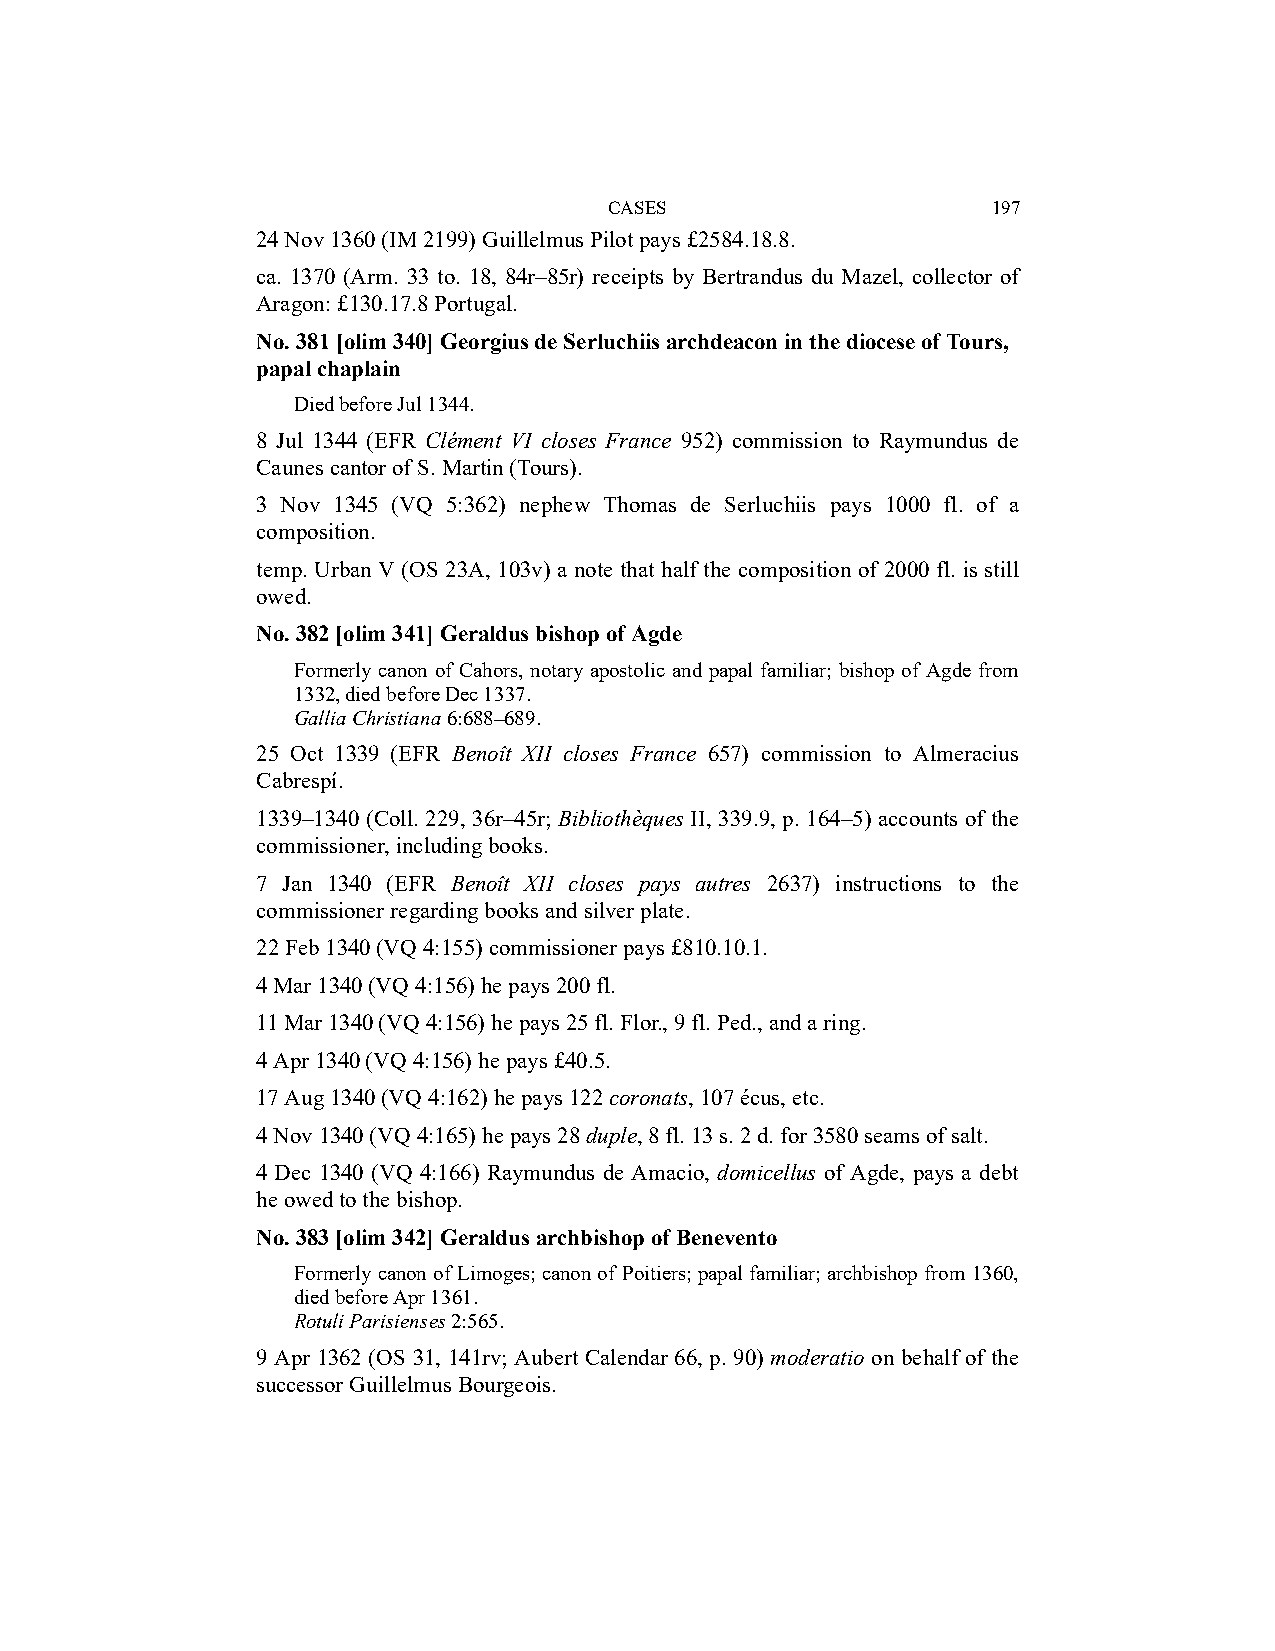
CASES                     197
 24 Nov 1360 (IM 2199) Guillelmus Pilot pays £2584.18.8.
 ca. 1370 (Arm. 33 to. 18, 84r–85r) receipts by Bertrandus du Mazel, collector of
 Aragon: £130.17.8 Portugal.
 No. 381 [olim 340] Georgius de Serluchiis archdeacon in the diocese of Tours,
 papal chaplain
 Died before Jul 1344.
 8 Jul 1344 (EFR Clément VI closes France 952) commission to Raymundus de
 Caunes cantor of S. Martin (Tours).
 3 Nov 1345 (VQ 5:362) nephew Thomas de Serluchiis pays 1000 fl. of a
 composition.
 temp. Urban V (OS 23A, 103v) a note that half the composition of 2000 fl. is still
 owed.
 No. 382 [olim 341] Geraldus bishop of Agde
 Formerly canon of Cahors, notary apostolic and papal familiar; bishop of Agde from
 1332, died before Dec 1337.
 Gallia Christiana 6:688–689.
 25 Oct 1339 (EFR Benoît XII closes France 657) commission to Almeracius
 Cabrespí.
 1339–1340 (Coll. 229, 36r–45r; Bibliothèques II, 339.9, p. 164–5) accounts of the
 commissioner, including books.
 7 Jan 1340 (EFR Benoît XII closes pays autres 2637) instructions to the
 commissioner regarding books and silver plate.
 22 Feb 1340 (VQ 4:155) commissioner pays £810.10.1.
 4 Mar 1340 (VQ 4:156) he pays 200 fl.
 11 Mar 1340 (VQ 4:156) he pays 25 fl. Flor., 9 fl. Ped., and a ring.
 4 Apr 1340 (VQ 4:156) he pays £40.5.
 17 Aug 1340 (VQ 4:162) he pays 122 coronats, 107 écus, etc.
 4 Nov 1340 (VQ 4:165) he pays 28 duple, 8 fl. 13 s. 2 d. for 3580 seams of salt.
 4 Dec 1340 (VQ 4:166) Raymundus de Amacio, domicellus of Agde, pays a debt
 he owed to the bishop.
 No. 383 [olim 342] Geraldus archbishop of Benevento
 Formerly canon of Limoges; canon of Poitiers; papal familiar; archbishop from 1360,
 died before Apr 1361.
 Rotuli Parisienses 2:565.
 9 Apr 1362 (OS 31, 141rv; Aubert Calendar 66, p. 90) moderatio on behalf of the
 successor Guillelmus Bourgeois.